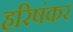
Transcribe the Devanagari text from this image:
हरिषंकर